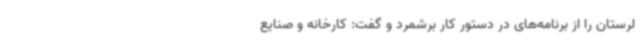
لرستان را از برنامه‌های در دستور کار برشمرد و گفت: کارخانه و صنایع